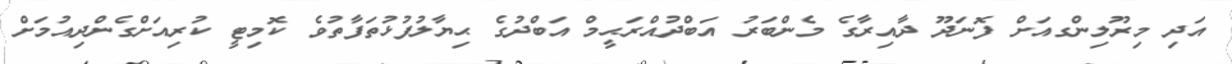
އަދި މިރޫލިންގއަށް ފޮނަދޫ ދާއިރާގެ މެންބަރު އަބްދުއްރަޙީމް އަބްދުގެ ޙިޔާލުފުޅުތަފާތުވެ ކޮމިޓީ ކުރިއަށްގެންދިއުމަށް